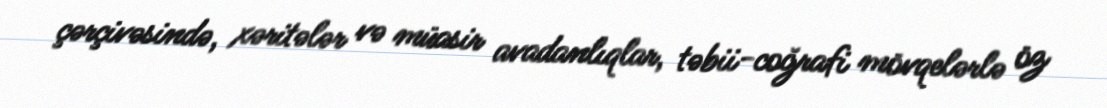
çərçivəsində, xəritələr və müasir avadanlıqlar, təbii-coğrafi mövqelərlə öz